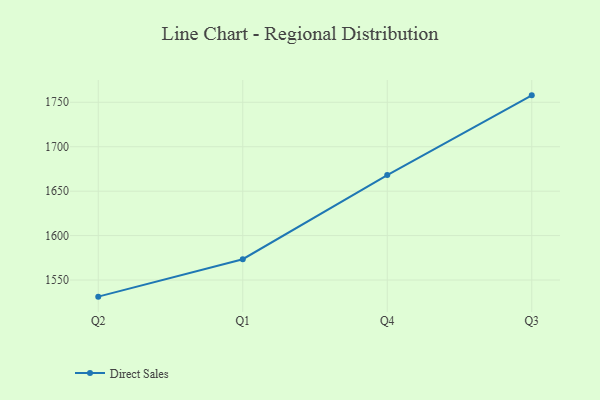
{"axis": {"x": "Quarter", "y": "Churn Rate (%)"}, "legend": ["Direct Sales"], "data": [{"x": "Q2", "y": 1531.3, "type": "Direct Sales"}, {"x": "Q1", "y": 1573.4, "type": "Direct Sales"}, {"x": "Q4", "y": 1668.1, "type": "Direct Sales"}, {"x": "Q3", "y": 1757.8, "type": "Direct Sales"}]}